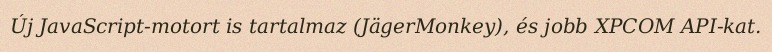
Új JavaScript-motort is tartalmaz (JägerMonkey), és jobb XPCOM API-kat.